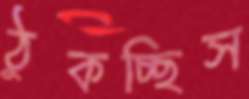
ঠুকচ্ছিস